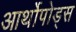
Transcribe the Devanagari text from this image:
आर्थोपोड्स